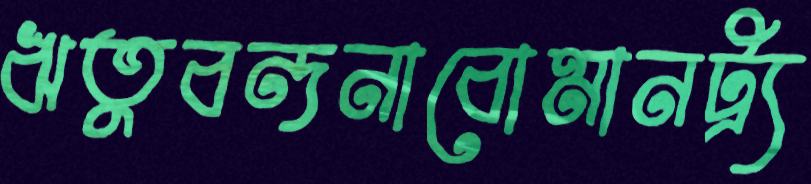
ঋতুবন্দনাবোমানট্র্য